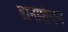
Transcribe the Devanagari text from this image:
डोनेशियन